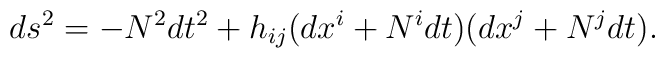
ds^2 = -N^2 dt^2 +h_{ij}(dx^i+N^i dt)(dx^j+N^j dt).